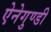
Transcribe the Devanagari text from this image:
ऐनेगुण्डी